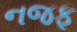
નજફ